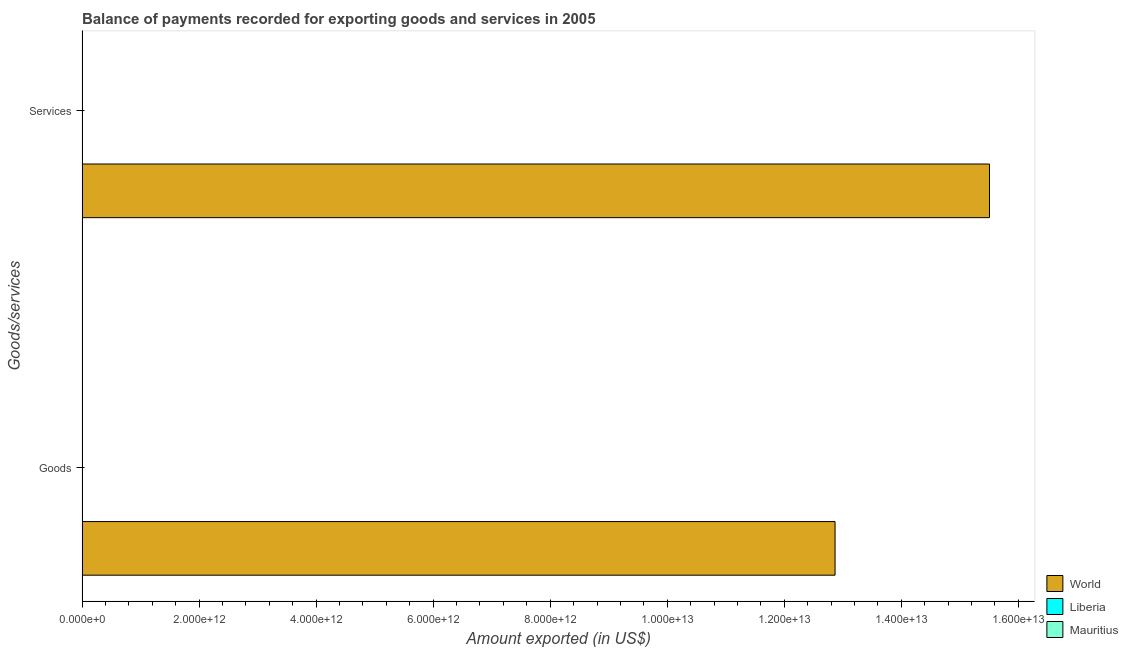
| Goods/services | World | Liberia | Mauritius |
 | --- | --- | --- | --- |
 | Goods | 1.29e+13 | 3.46e+08 | 3.76e+09 |
 | Services | 1.55e+13 | 3.55e+08 | 3.9e+09 |